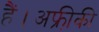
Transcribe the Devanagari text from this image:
हैं।अफ्री़की